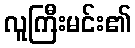
လူကြီးမင်း၏